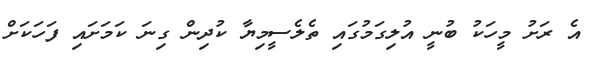
އެ ރަށު މީހަކު ބުނީ އުލިގަމުގައި ތެލެސީމިޔާ ކުދިން ގިނަ ކަމަށައި ފަހަކަށް